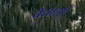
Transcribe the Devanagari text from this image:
वैद्याशी